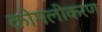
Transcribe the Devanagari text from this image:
कोमलीकरण